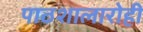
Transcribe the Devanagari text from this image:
पाठशालारोही